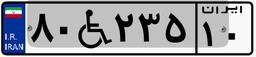
۴۹W۳۷۰۴۷